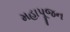
મહાપૂજન